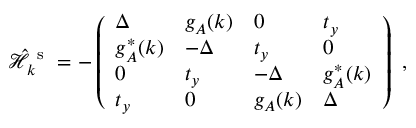
\hat { \mathcal { H } } _ { k } ^ { \mathrm { ~ s ~ } } = - \left( \begin{array} { l l l l } { \Delta } & { g _ { A } ( k ) } & { 0 } & { t _ { y } } \\ { g _ { A } ^ { * } ( k ) } & { - \Delta } & { t _ { y } } & { 0 } \\ { 0 } & { t _ { y } } & { - \Delta } & { g _ { A } ^ { * } ( k ) } \\ { t _ { y } } & { 0 } & { g _ { A } ( k ) } & { \Delta } \end{array} \right) \mathrm { ~ , ~ }